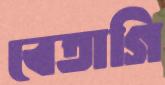
বেতাগি